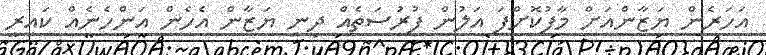
އަހަރެން ޔަޒާންއަށް މާފުކޮށްފަ އަލުން ފުރުސަތެއް ދިނީ ޔަޒާން އެހެން އަންހެނެއް ކައިރީ